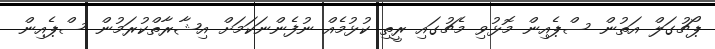
ޕޯޗުގަލް އަތުން ސްޕެއިން މޮޅުވި މެޗުގައި ރީތި ކުޅުމެއް ނުފެންނަކަމަށް އިޝާރާތްކުރަމުން ސްޕެއިން